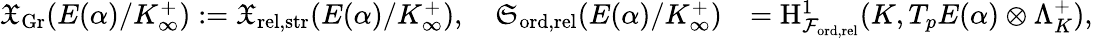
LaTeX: \begin{array}{rl}{\mathfrak{X}_{\mathrm{Gr}}(E(\alpha)/K_{\infty}^{+}):=\mathfrak{X}_{\mathrm{rel,\mathrm{str}}}(E(\alpha)/K_{\infty}^{+}),\quad\mathfrak{S}_{\mathrm{ord,\mathrm{rel}}}(E(\alpha)/K_{\infty}^{+})}&{=\mathrm{H}_{\mathcal{F}_{\mathrm{ord,\mathrm{rel}}}}^{1}(K,T_{p}E(\alpha)\otimes\Lambda_{K}^{+}),}\end{array}